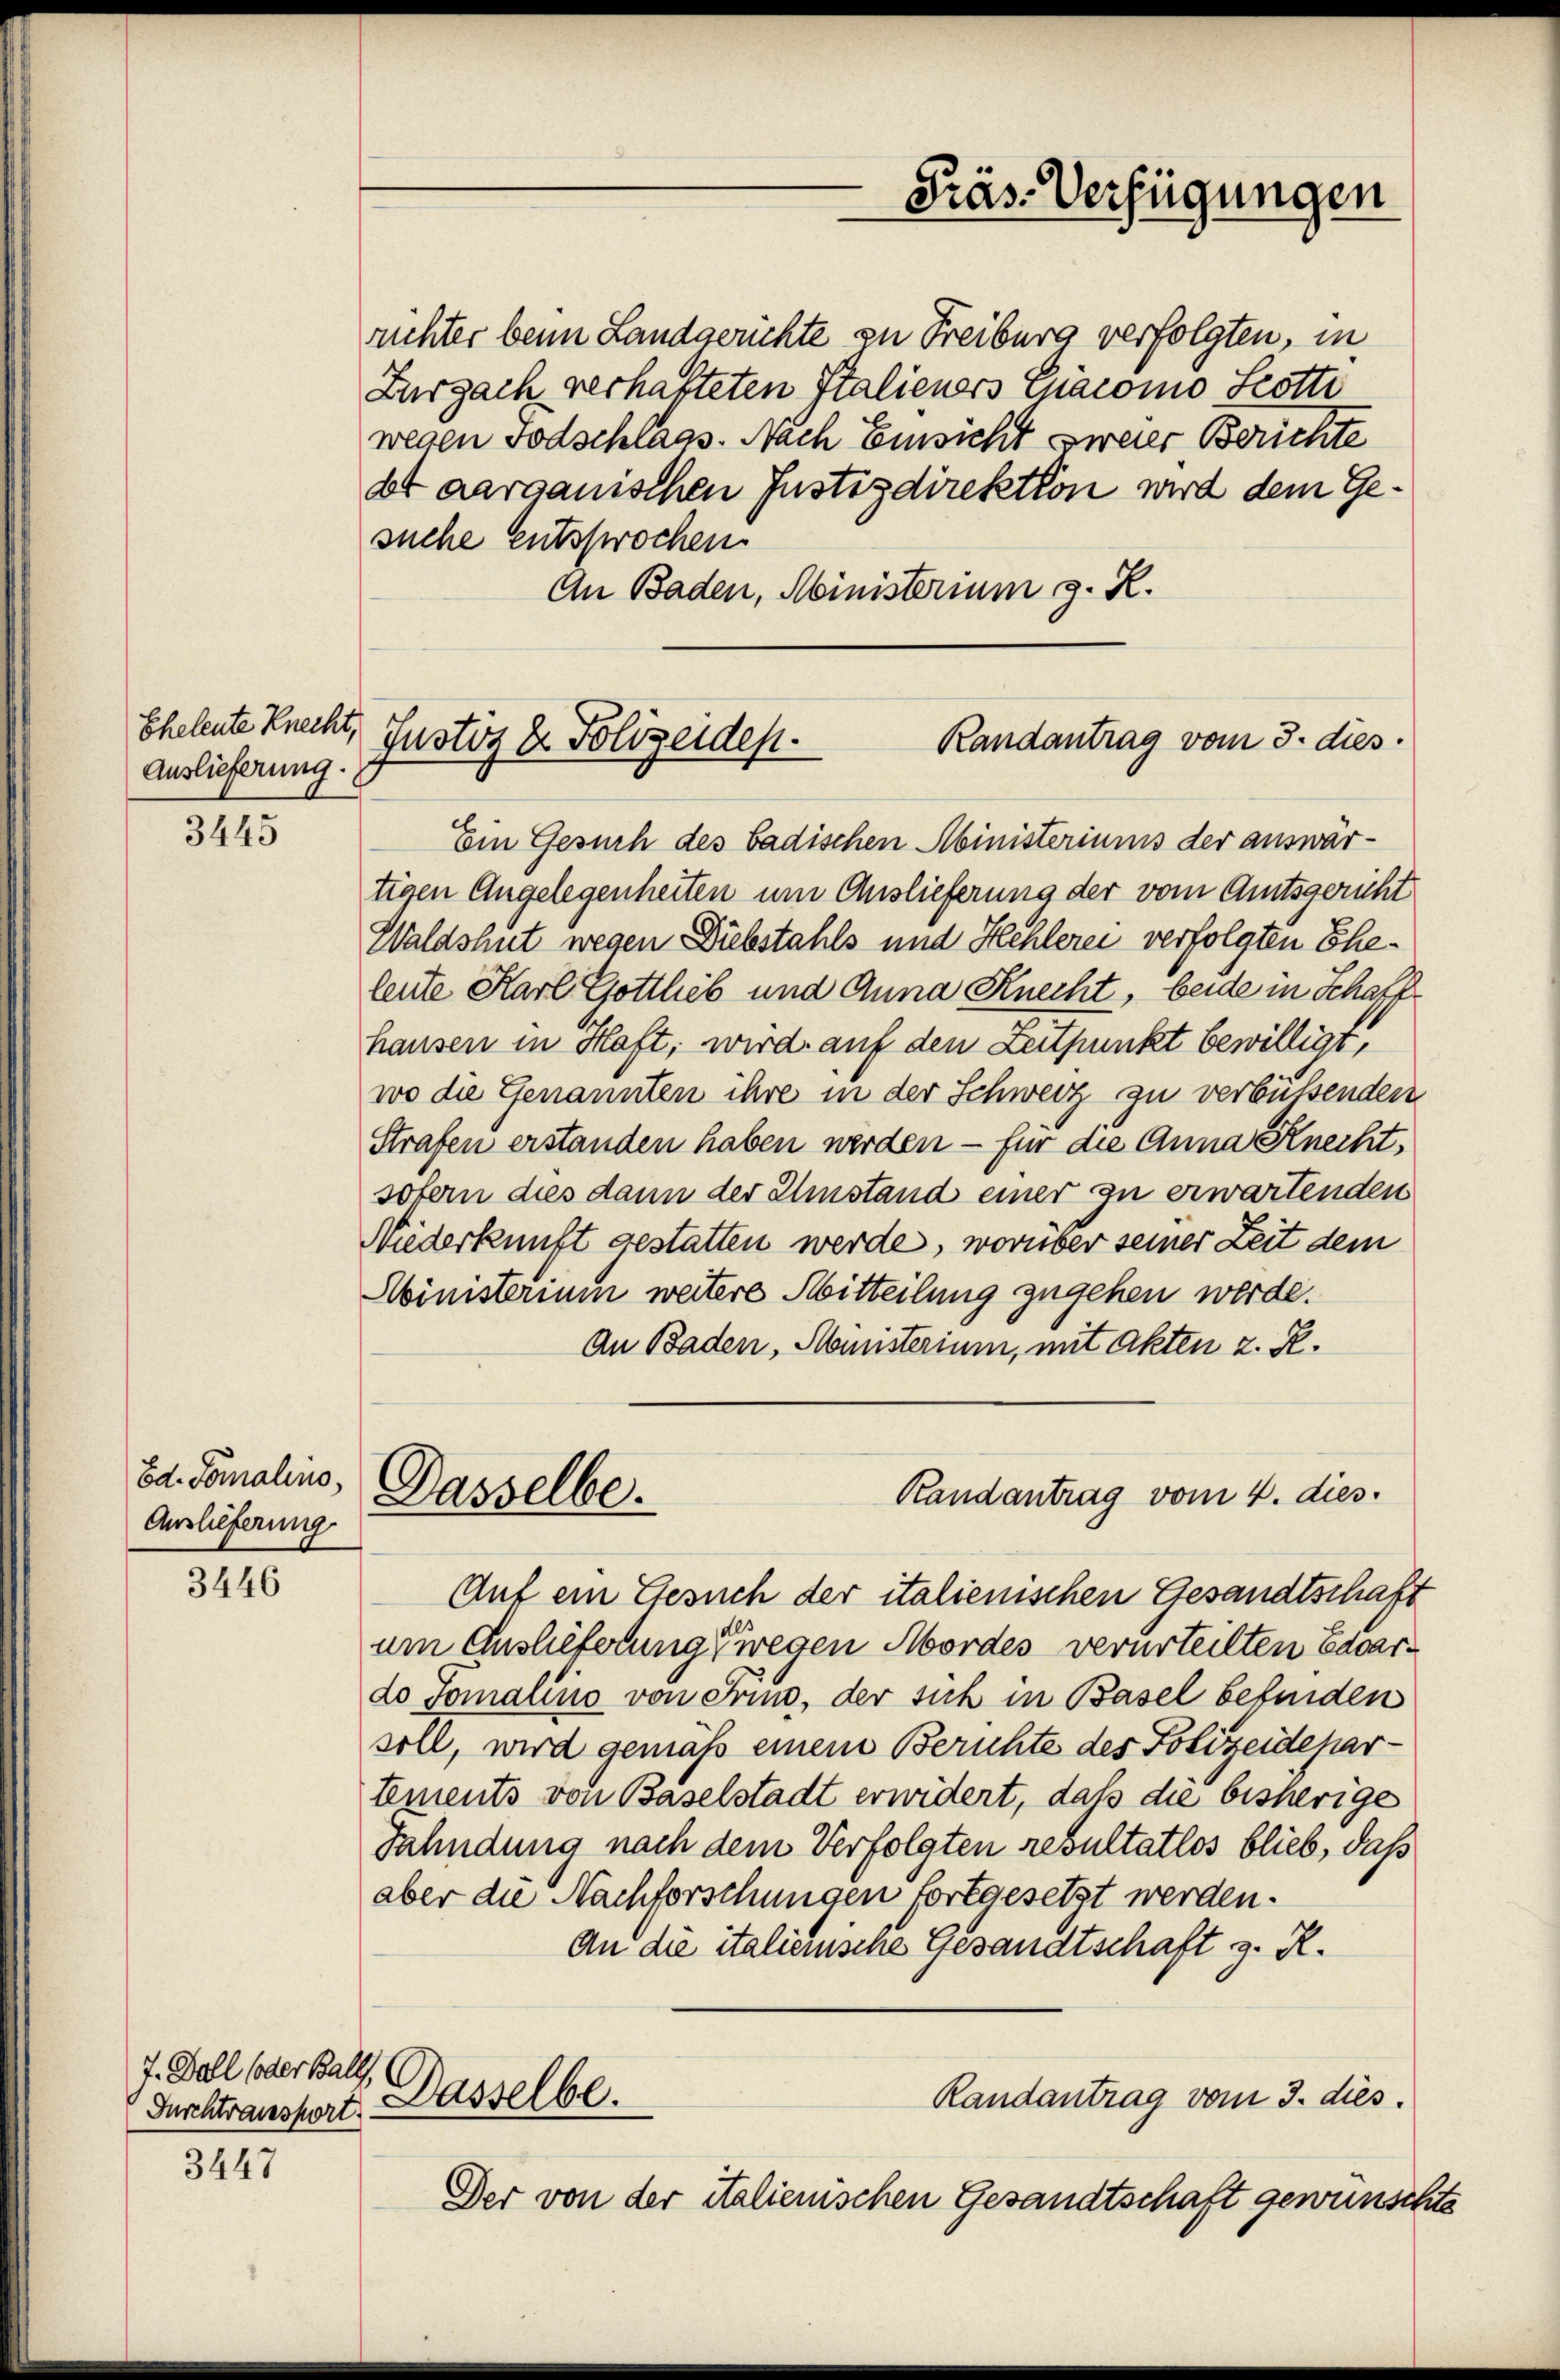
Eheleute Knecht,
Auslieferung.

3445

Ed. Formalino.
Auslieferung

3446

3447

7. Ball (oder Ball,

Präs. Verfügungen

Randantrag vom 3. dies
Justiz & Polizeiden.

richter beim Landgerichte zu Freiburg verfolgten, in
Zurzach verhafteten Italieners Chacomo Scotte
wegen Todschlags. Nach Einsicht soweier Berichte
bt aargauischen Justizdirektion wird dem Gesuche entsprochen
An Baden, Ministerium z. R.
Ein Gesuch des badischen Abinisteriums der auswartigen Angelegenheiten um Auslieferung der vom Amtsgericht
Waldshut wegen Diebstahls und Hehlerei verfolgten Eheleute Karl Gottlieb und Anna Knecht, beide in Schaff
hausen in Haft, wird auf den Zeitpunkt bewilligt,
wo die Genannten ihre in der Schweiz zu verbüssenden
Strafen erstanden haben werden — für die Anna Knechtsofern dies dann der Umstand einer zu erwartenden
Niederkunft gestatten werde, worüber seiner Zeit dem
Ministerium weitere Mitteilung zugehen werde.
An Baden, Monisterium, mit Akten z. R.
Randantrag vom 4. dies
Dasselbe.
Auf ein Gesuch der italienischen Gesandtschaft
um Auslieferung wegen Mordes verurteilten Edgardo Jomalino von Fries, der sich in Basel befinden
sill, wird gemäß einem Berichte des Polizeidepartements von Baselstadt erwidert, daß die bisherige
Fahndung nach dem Verfolgten resultatlos blieb, daß
aber die Nachforschungen fortgesetzt werden.
An die italienische Gesandtschaft z. R.
Randantrag vom 3. dies
Durchtransport. Dasselbe.
Der von der italienischen Gesandtschaft gewünschte